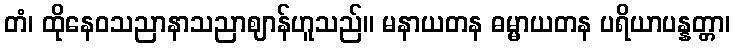
တံ၊ ထိုနေဝသညာနာသညာဈာန်ဟူသည်။ မနာယတန ဓမ္မာယတန ပရိယာပန္နတ္တာ၊